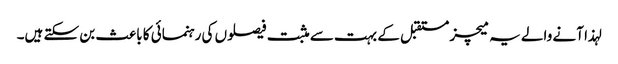
لہذا آنے والے یہ میچز مستقبل کے بہت سے مثبت فیصلوں کی رہنمائی کا باعث بن سکتے ہیں۔